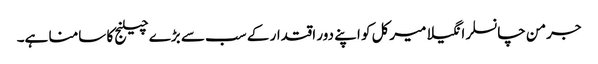
جرمن چانسلر انگیلا میرکل کو اپنے دور اقتدار کے سب سے بڑے چیلنج کا سامنا ہے۔